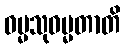
ဓမ္မသုဓမ္မတာတိ